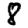
Digit: 8